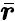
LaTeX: \bar{\boldsymbol{r}}